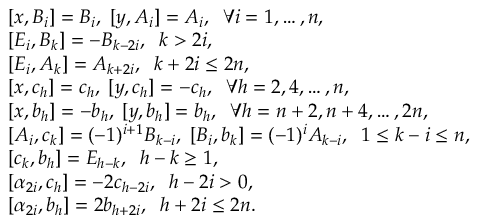
\begin{array} { r l } & { [ x , B _ { i } ] = B _ { i } , \; [ y , A _ { i } ] = A _ { i } , \; \; \forall i = 1 , \ldots , n , } \\ & { [ E _ { i } , B _ { k } ] = - B _ { k - 2 i } , \; \; k > 2 i , } \\ & { [ E _ { i } , A _ { k } ] = A _ { k + 2 i } , \; \; k + 2 i \leq 2 n , } \\ & { [ x , c _ { h } ] = c _ { h } , \; [ y , c _ { h } ] = - c _ { h } , \; \; \forall h = 2 , 4 , \ldots , n , } \\ & { [ x , b _ { h } ] = - b _ { h } , \; [ y , b _ { h } ] = b _ { h } , \; \; \forall h = n + 2 , n + 4 , \ldots , 2 n , } \\ & { [ A _ { i } , c _ { k } ] = ( - 1 ) ^ { i + 1 } B _ { k - i } , \; [ B _ { i } , b _ { k } ] = ( - 1 ) ^ { i } A _ { k - i } , \; \; 1 \leq k - i \leq n , } \\ & { [ c _ { k } , b _ { h } ] = E _ { h - k } , \; \; h - k \geq 1 , } \\ & { [ \alpha _ { 2 i } , c _ { h } ] = - 2 c _ { h - 2 i } , \; \; h - 2 i > 0 , } \\ & { [ \alpha _ { 2 i } , b _ { h } ] = 2 b _ { h + 2 i } , \; \; h + 2 i \leq 2 n . } \end{array}